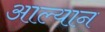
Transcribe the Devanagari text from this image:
आल्यान